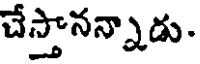
చేస్తానన్నాడు.